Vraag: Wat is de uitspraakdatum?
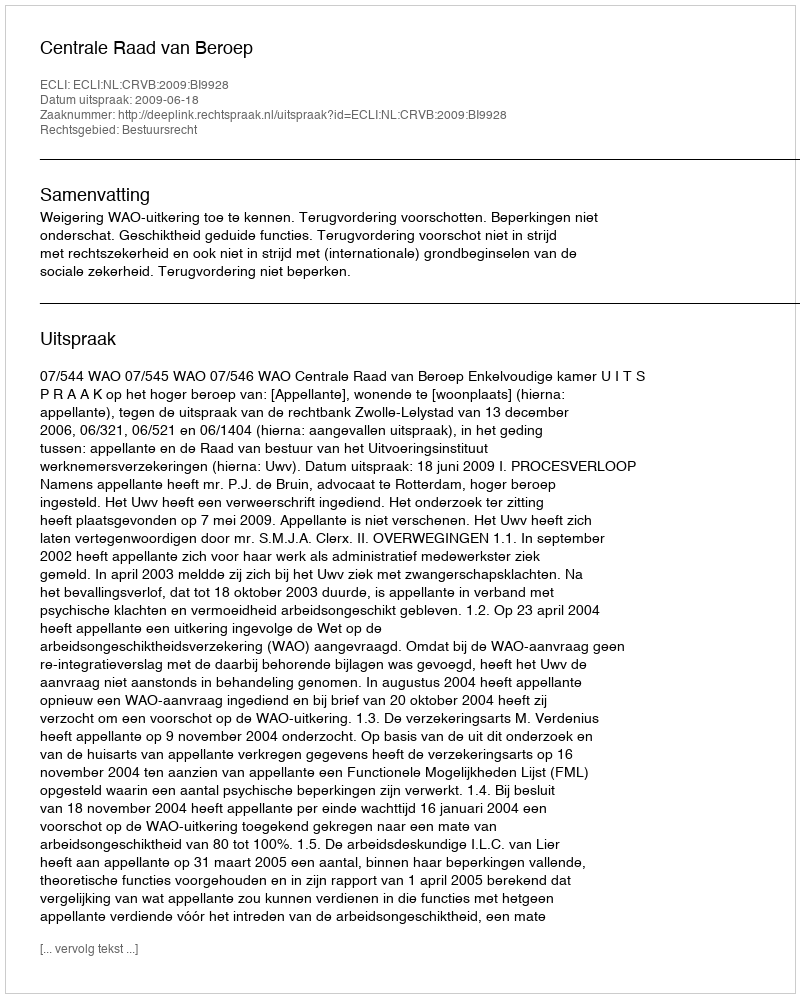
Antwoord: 2009-06-18